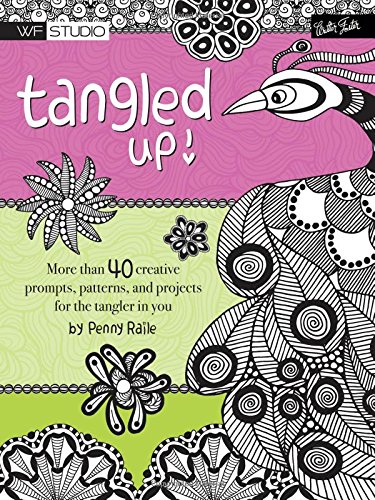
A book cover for Tangled Up!: More than 40 creative prompts, patterns, and projects for the tangler in you (Walter Foster Studio); Penny Raile; Arts & Photography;